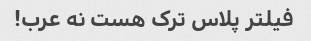
فیلتر پلاس ترک هست نه عرب!